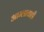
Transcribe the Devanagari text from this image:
आम्लाचाही